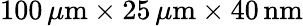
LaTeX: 100\, \mu\mathrm{m}\times 25\, \mu\mathrm{m}\times 40\, \mathrm{nm}